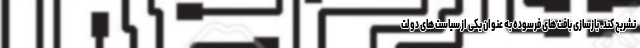
تشریح کند. بازسازی بافت های فرسوده به عنوان یکی از سیاست های دولت